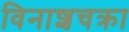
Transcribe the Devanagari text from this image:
विनाशचक्रा